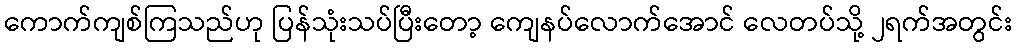
ကောက်ကျစ်ကြသည်ဟု ပြန်သုံးသပ်ပြီးတော့ ကျေနပ်လောက်အောင် လေတပ်သို့ ၂ရက်အတွင်း